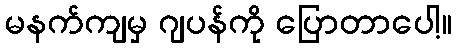
မနက်ကျမှ ဂျပန်ကို ပြောတာပေါ့။